Indian journal of veterinary science and animal husbandry - Volumes 24-25, 1954-1955
Year: 1954
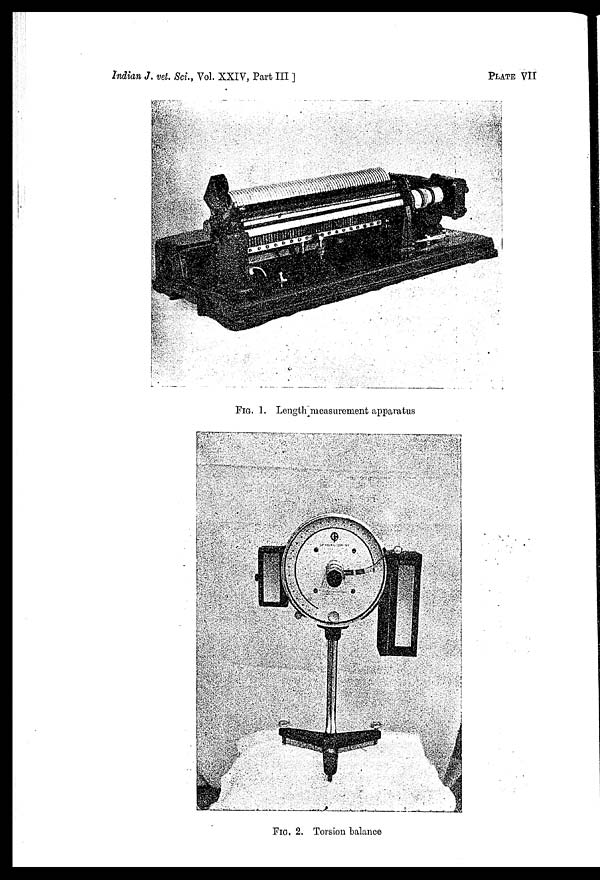
Indian J. vet. Sci., Vol. XXIV, Part III ]
PLATE
VII
FIG. 1. Length measurement apparatus
FIG. 2. Torsion balance